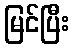
မြင်ပြီး